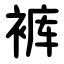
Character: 裤